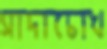
সাদাচোখ